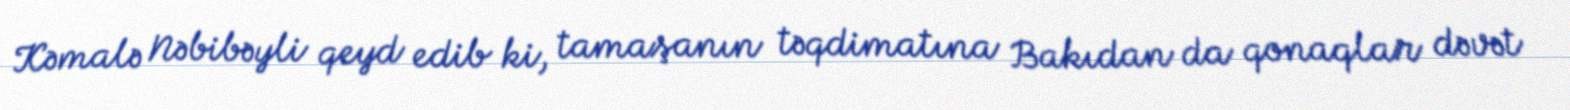
Kəmalə Nəbibəyli qeyd edib ki, tamaşanın təqdimatına Bakıdan da qonaqlar dəvət